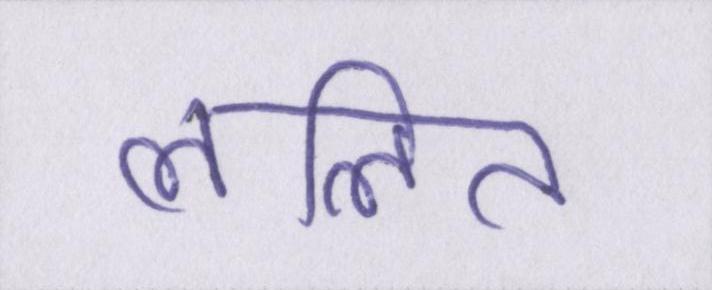
ललित